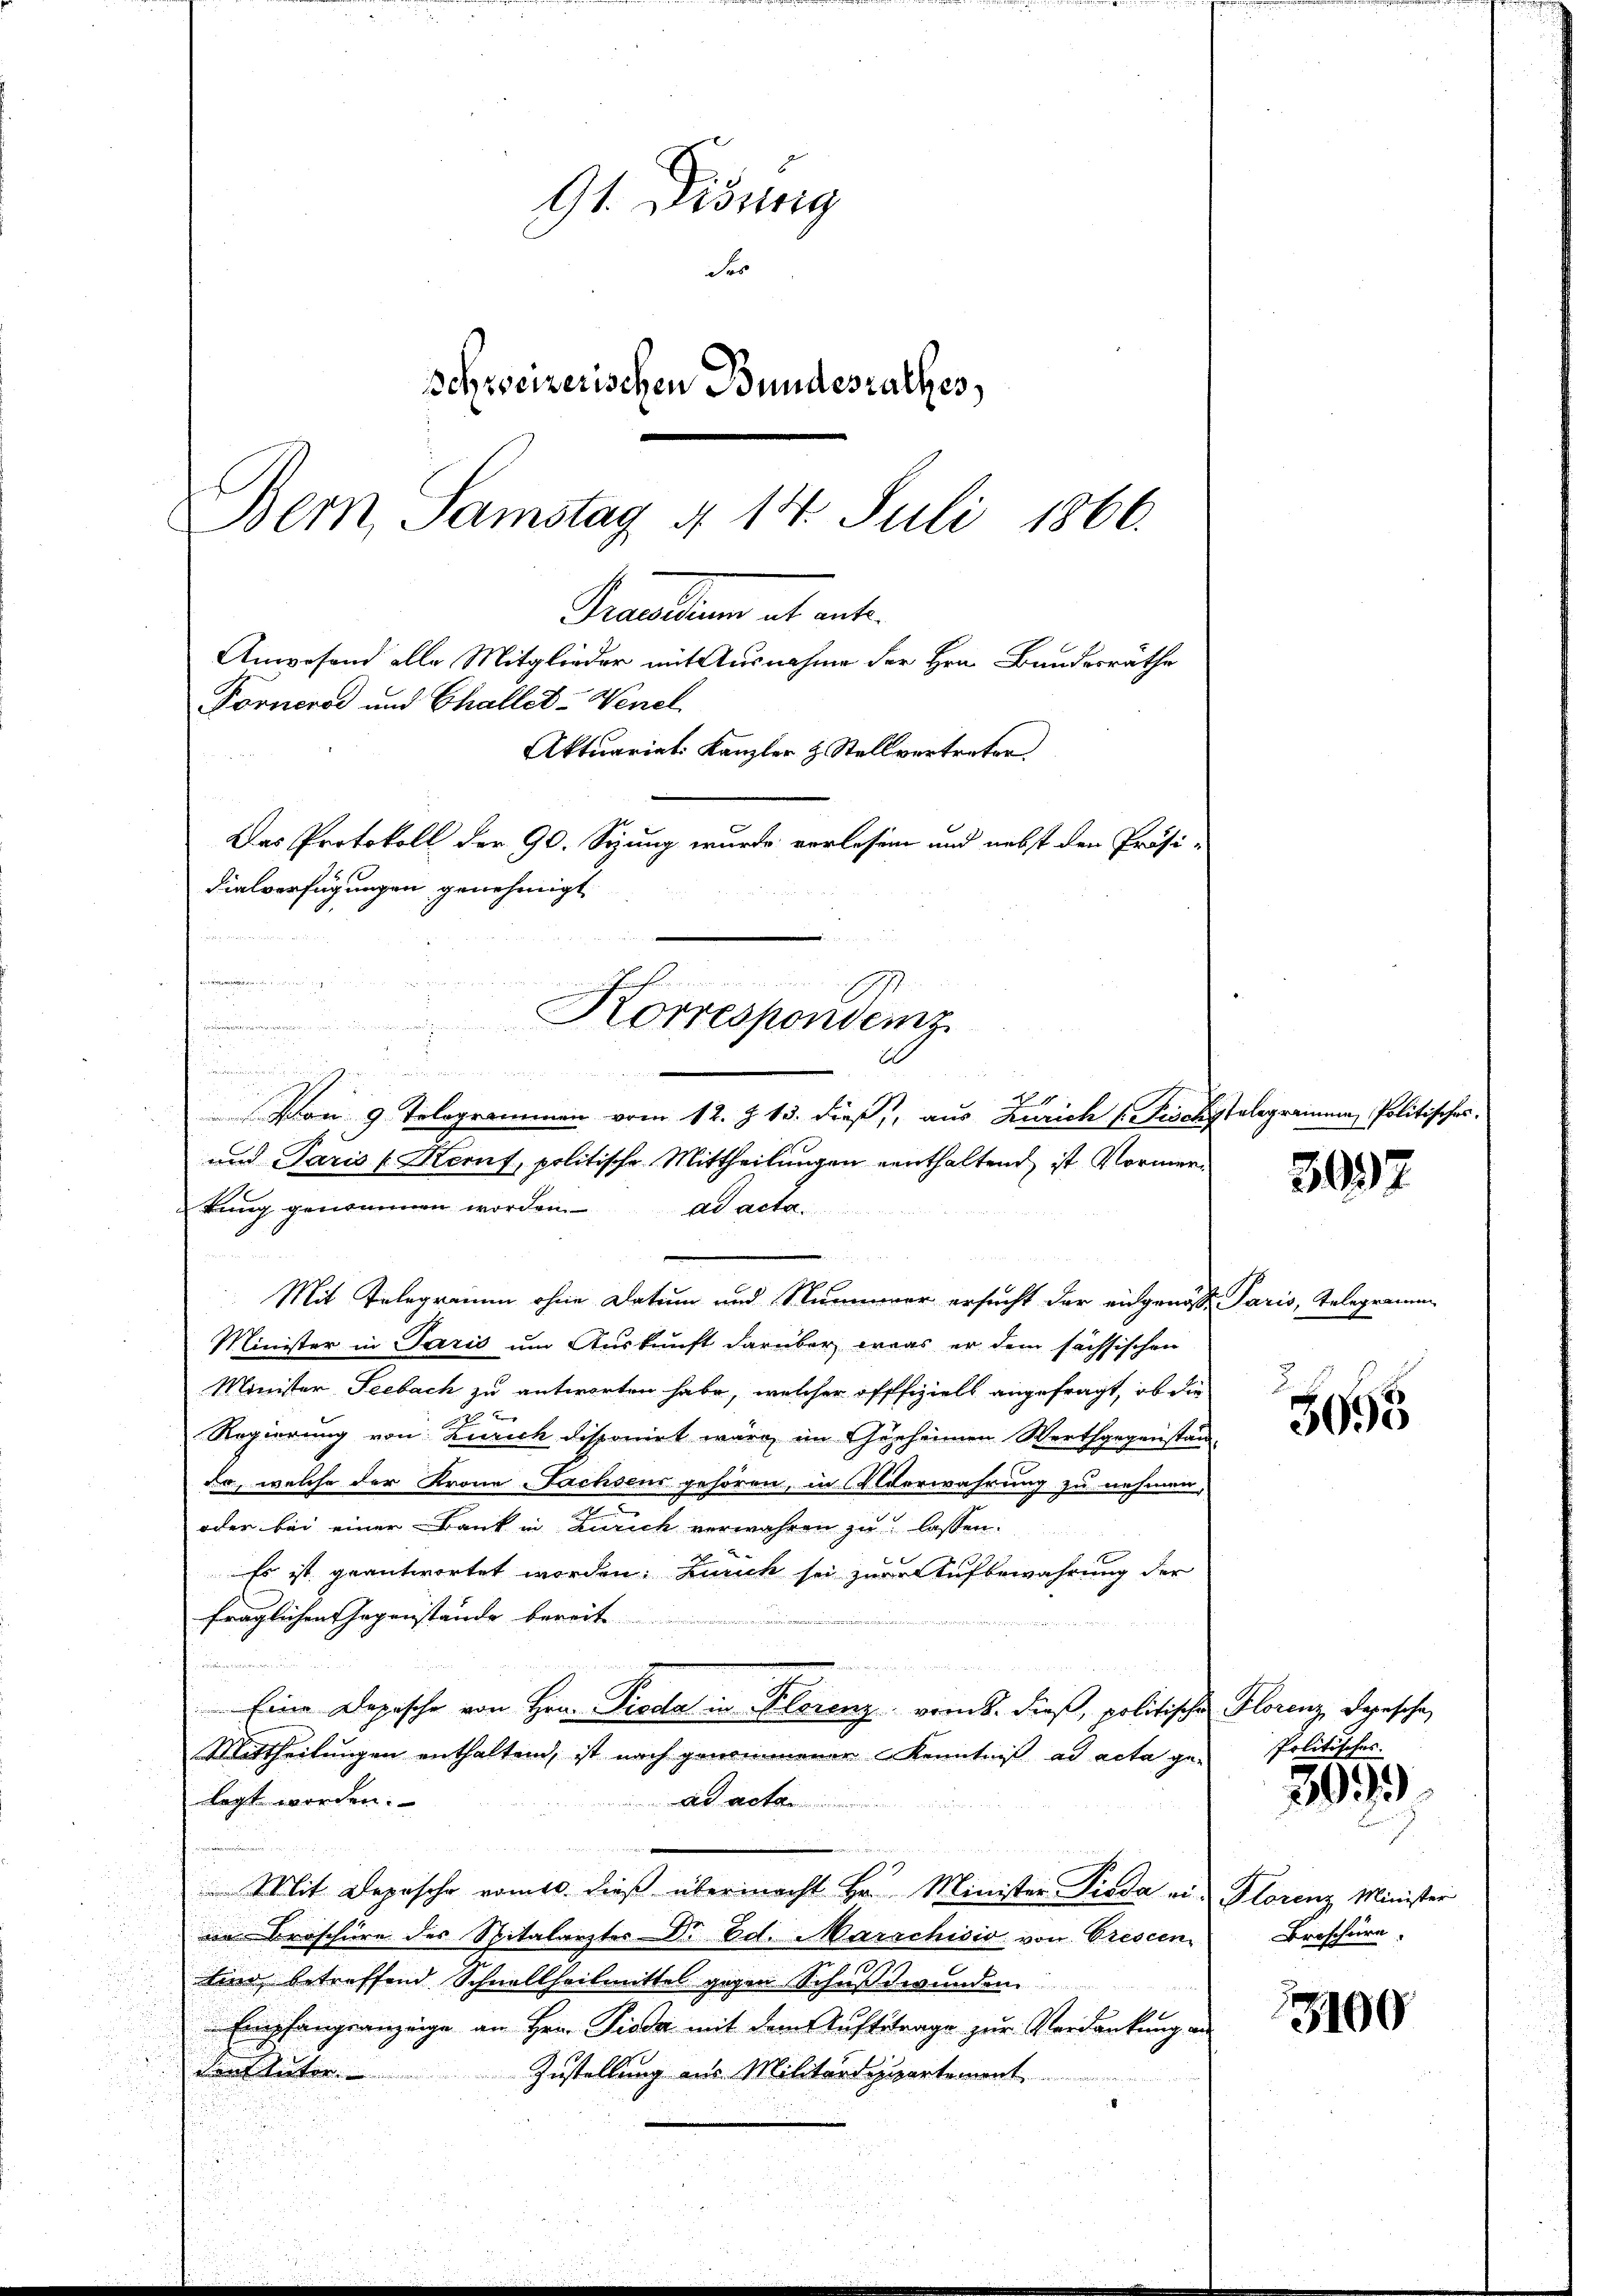
cetten verkennen von
nrentimen u meind
Korrespondenz

.
        werde der
5
Von 9. Tologrammen vom 12. Z. 13. dieß, aus Zürich 1 Fisch
und Paris - Kornt, politische Mittheilungen enthaltend, ist Vormer¬

91. Disung
Se
Schreizerischen Bundesrathes,
Bern, Samstag § 14. Juli 1866.
Verwaltung ab ent¬
Anwesend alle Mitglieder mit Ausnahme der Hrn. Bundesräthe
Forneros und Challet-Wenel
Aktuariat Kanzler & Stellvertreter
Das Protokoll der 90. Sizung wurde verlesen und nebst den Präsi-
dialverfügungen genehmigt

kung genommen worden. ad acta.
E
Mit Telegramm ohne Datum und Stummer ersucht der eingangs Paris, Telegramm
Minister in Paris um Auskunft darüber was er dem sächsischen
Minister Seebach zu antworten habe, welcher offfiziell angefragt, ob die
Regierung von Zürich disponirt wäre im Gherheimen Werthgegenstän¬
So, welche der Krone achsens gehören, in Oerwahrung zu nehmen,
oder bei einer Dank in Zürich verwahren zu lassen.
Es ist geantwortet worden. Zürich sei zur Aufbewahrung der
fraglichen Gegenstände bereit
u
Eine Depesche von Hrn. Pioda in Florenz verne. dieß, politische
Mittheilungen enthaltend, ist nach genommener Kenntniß ad acta ge-
legt worden.
ad acta
Mit Depesche romts. dieß übermacht Hr. Minister Dieda eine Broschiere des Spitalarztes Dr. Ed. Marchisis von Crescen
tine betreffend Schneltheilmittel gegen Schußwunden

Empfangsanzeige an Hrn. Pioda mit dem Auftrtrage zur Verdankung an
dons Rector.
Zustellung aus Militärdippartement

Telegrammen Politisches.

3037

5055

Florenz, Depesche
Politisches.

3099

Florenz Minister
Broschüre.

13100